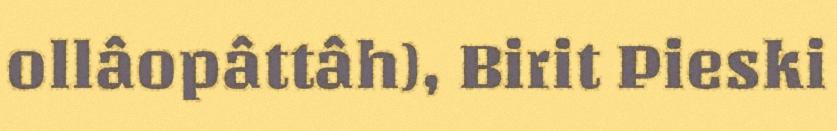
ollâopâttâh), Birit Pieski